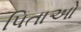
પિતાઓ